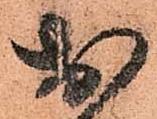
お